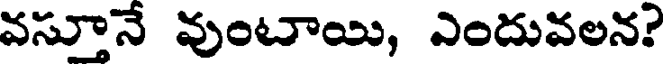
వస్తూనే వుంటాయి, ఎందువలన?